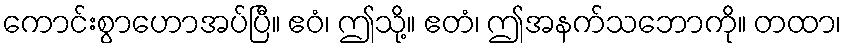
ကောင်းစွာဟောအပ်ပြီ။ ဧဝံ၊ ဤသို့။ ဧတံ၊ ဤအနက်သဘောကို။ တထာ၊